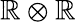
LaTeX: \mathbb{R}\otimes\mathbb{R}